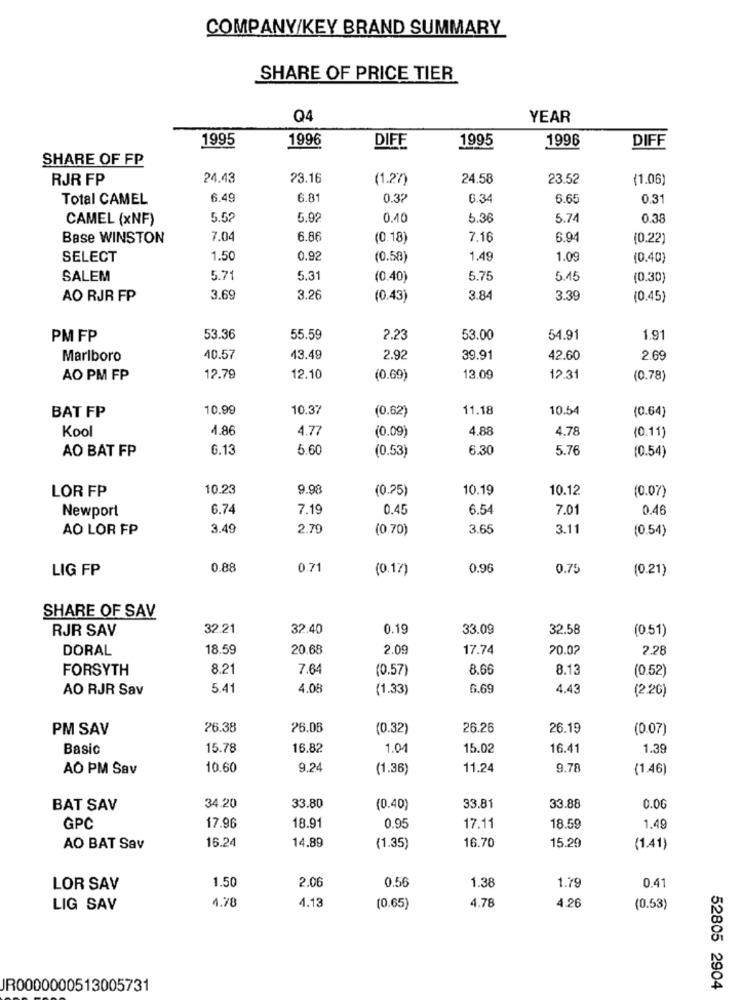
COMPANY/KEY BRAND SUMMARY
SHARE OF PRICE TIER
Q4
YEAR
1995
1996
1995
1996
DIFE
DIFF
SHARE OF FP
RJR FP
24.43
23.16
(1.27)
24.58
23.52
(1.06)
Total CAMEL
6.49
6.8
0.37
6.34
6.65
0.3
CAMEL (xNF)
5.52
5.92
0.40
5.36
5.74
0.38
Base WINSTON
7.04
6.86
(0.18)
7.16
6.94
(0.22)
SELECT
1.50
0.92
(0.58)
1.49
1.09
(0.40)
SALEM
5.71
5.31
(0.40)
5.75
5.45
(0.30)
AO RJR FP
3.69
3.26
(0.43)
3.84
3.39
(0.45)
PM FP
53.36
55.59
2.23
53.00
54.91
1.91
Marlboro
10.57
13.49
2.92
39.91
42.60
2.69
AO PM FP
12.79
12.10
(0.69)
13.09
12.31
(0.78)
10.99
10.37
(0.62)
11.18
10.54
BAT FP
(0.64)
Kool
4.86
4.77
4.88
4.78
(0.09)
(0.11)
AO BAT FP
6.13
5.60
(0.53)
6.30
5.76
(0.54)
10.23
9.98
(0.25)
10.19
10.12
LOR FP
(0.07)
6.74
7.19
0.45
6.54
7.01
0.46
Newport
AO LOR FP
3.49
2.79
(0.70)
3.65
3.11
(0.54)
LIG FP
0.88
0.71
(0.17)
0.96
0.75
(0.21)
SHARE OF SAV
RJR SAV
32.21
32.40
0.19
33.09
32.58
(0.51)
DORAL
18.59
20.68
2.09
17.74
20.02
2.28
FORSYTH
8.21
7.64
(0.57)
8.66
8.13
(0.52)
AO RJR Sav
5.41
4.08
(1.33)
6.69
4.43
(2.20)
PM SAV
26.38
26.06
(0.32)
26.26
26.19
(0.07)
Basic
15.78
16.82
1.04
15.02
16.41
1.39
AO PM Sav
10.60
9.24
(1.36)
11.24
9.78
(1.46)
33.81
BAT SAV
34.20
33.80
(0.40)
33.88
0.00
GPC
17.96
18.91
0.95
17.11
18.59
1.49
16.24
14.89
16.70
15.29
AO BAT Sav
(1.35)
(1.41)
1.50
1.38
LOR SAV
2.06
0.56
1.79
0.41
4.78
4.13
4.78
LIG SAV
(0.65)
4.26
(0.53)
JR0000000513005731
52805 2904